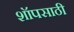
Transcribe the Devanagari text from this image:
शॉपसाठी